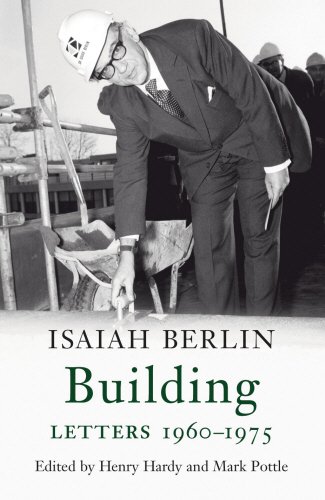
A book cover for Building: Letters 1960-1975; Isaiah Berlin; Literature & Fiction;